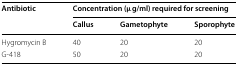
| <ROWSPAN=2> Antibiotic | <COLSPAN=3> Concentration (μg/ml) required for screening |
 | Callus | Gametophyte | Sporophyte |
 | --- | --- | --- | --- |
 | Hygromycin B | 40 | 20 | 20 |
 | G-418 | 50 | 20 | 20 |